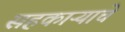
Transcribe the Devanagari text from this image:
सहकाऱ्याचे